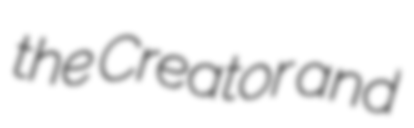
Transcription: the Creator and